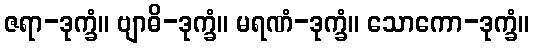
ဇရာ-ဒုက္ခံ။ ဗျာဓိ-ဒုက္ခံ။ မရဏံ-ဒုက္ခံ။ သောကော-ဒုက္ခံ။